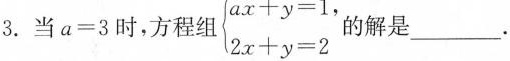
$$\left\{ \begin{matrix} ax+y=1$$, \\ 2_{x}+y=2 \\ \end{matrix} \right. 的解是___. 3.当a=3时,方程组